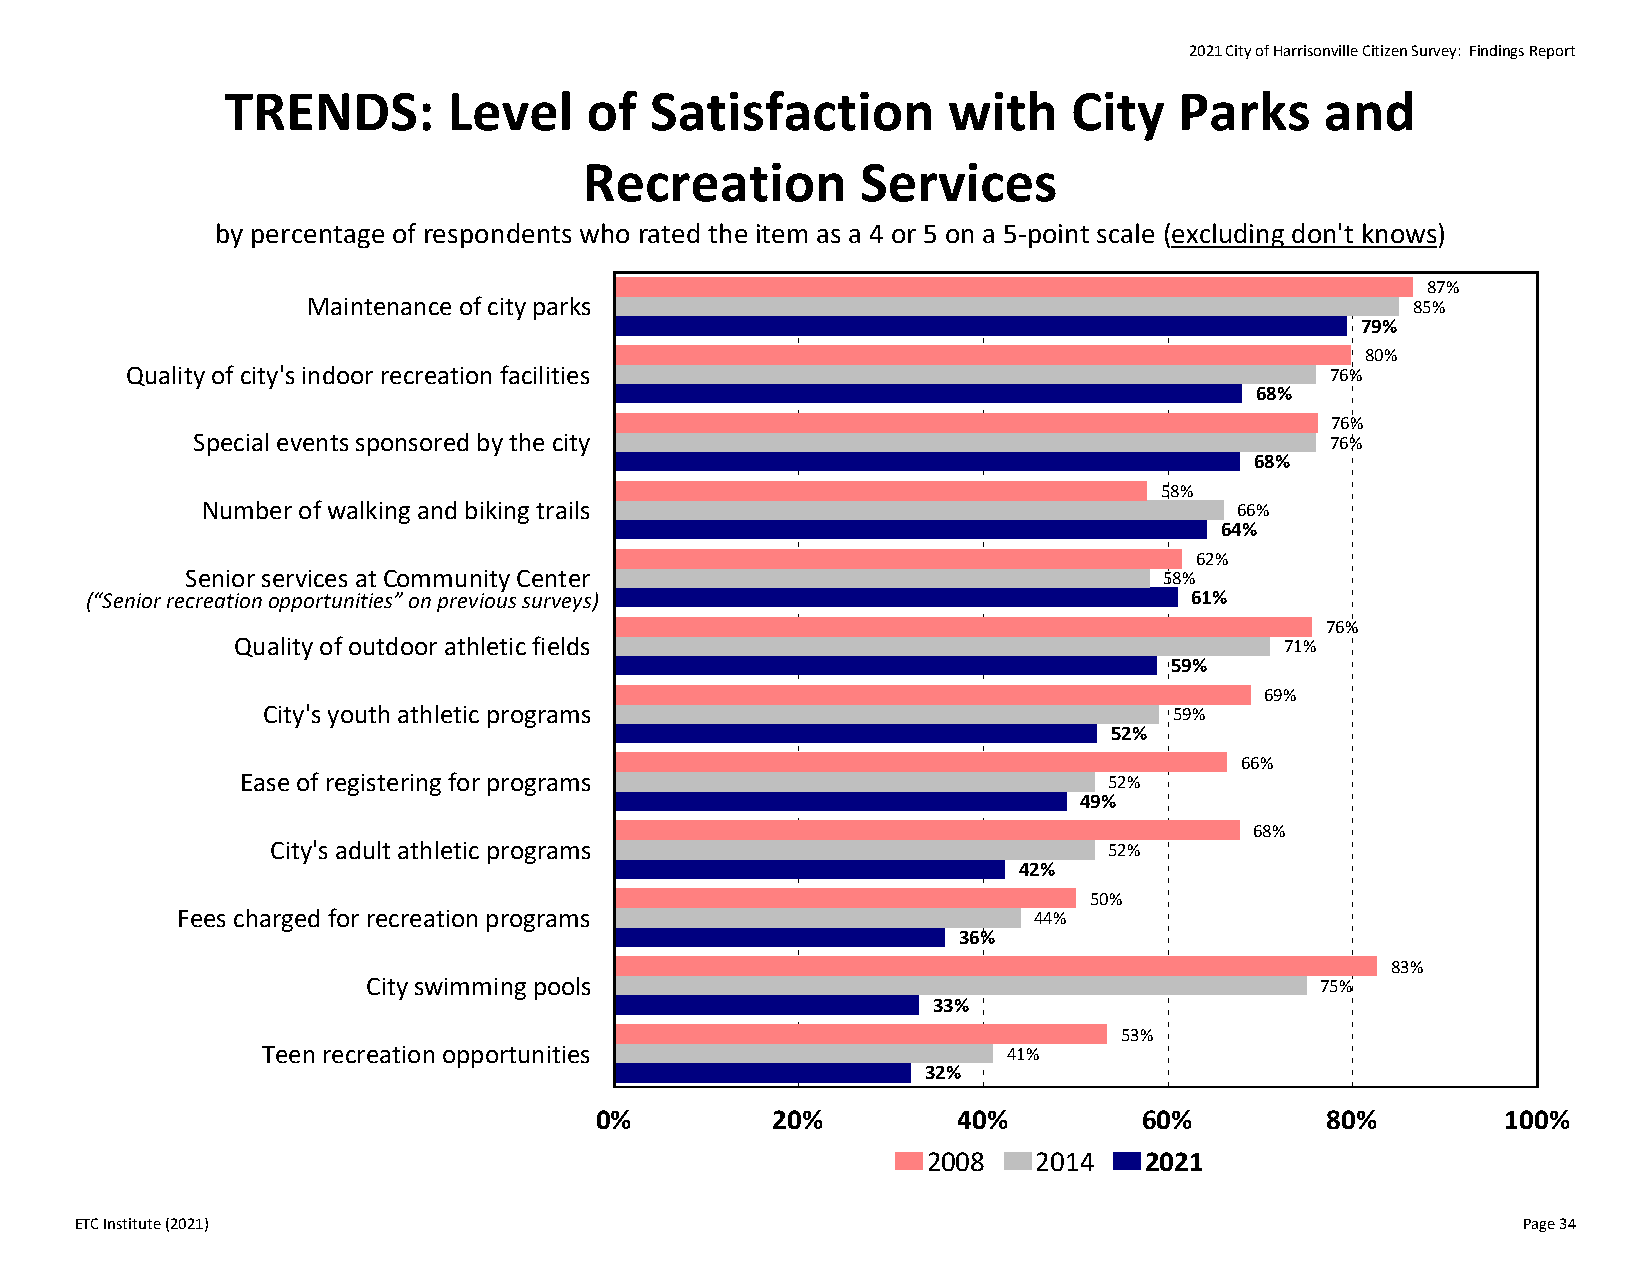
2021 City of Harrisonville Citizen Survey: Findings Report
 TRENDS:        Level    of  Satisfaction        with    City   Parks     and
 Recreation        Services
 by percentage of respondents who rated the item as a 4 or 5 on a 5‐point scale (excluding don't knows)
 87%
 Maintenance of city parks                                                85%
 79%
 80%
 Quality of city's indoor recreation facilities                                  76%
 68%
 76%
 Special events sponsored by the city                                       76%
 68%
 58%
 Number of walking and biking trails                                  66%
 64%
 62%
 Senior services at Community Center                              58%
 (“Senior recreation opportunities” on previous surveys)                  61%
 76%
 Quality of outdoor athletic fields                                    71%
 59%
 69%
 City's youth athletic programs                               59%
 52%
 66%
 Ease of registering for programs                         52%
 49%
 68%
 City's adult athletic programs                         52%
 42%
 50%
 Fees charged for recreation programs                    44%
 36%
 83%
 City swimming pools                                            75%
 33%
 53%
 Teen recreation opportunities                     41%
 32%
 0%          20%         40%          60%         80%         100%
 2008    2014   2021
 ETC Institute (2021)                                                                            Page 34